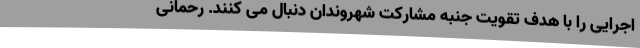
اجرایی را با هدف تقویت جنبه مشارکت شهروندان دنبال می کنند. رحمانی